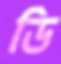
ডি